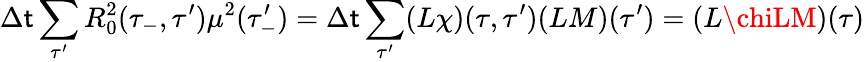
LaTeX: \Delta\mathsf{t}\sum_{\tau^{\prime}}R_{0}^{2}(\tau_{-},\tau^{\prime})\mu^{2}(\tau_{-}^{\prime})=\Delta\mathsf{t}\sum_{\tau^{\prime}}(L\chi)(\tau,\tau^{\prime})(LM)(\tau^{\prime})=(L\chiLM)(\tau)